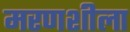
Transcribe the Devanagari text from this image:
मरणशीला